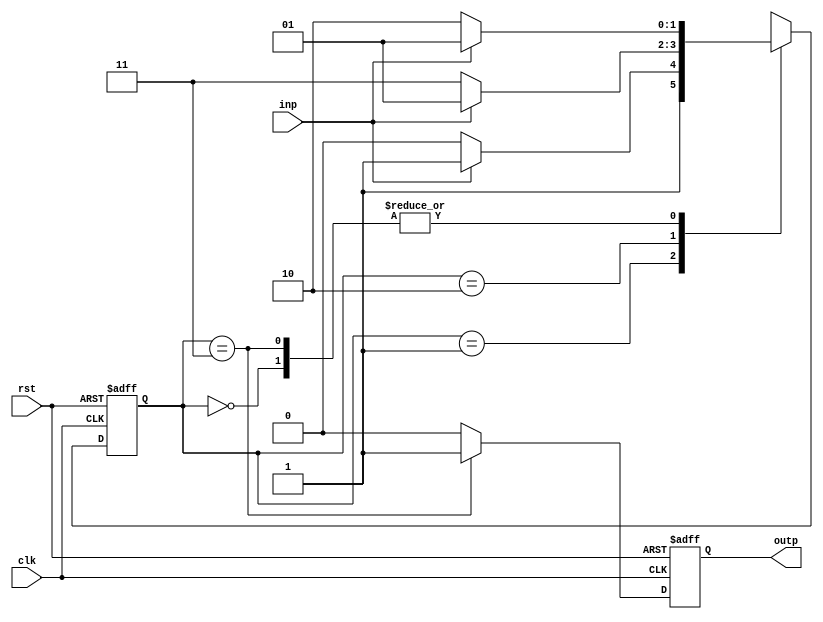
module fsm( clk, rst, inp, outp);

   input clk, rst, inp;
   output outp;

   reg [1:0] state;
   reg outp;

   always @( posedge clk, posedge rst )
   begin
   if( rst )
       state <= 2'b00;
   else
   begin
       case( state )
       2'b00:
       begin
            if( inp ) state <= 2'b01;
            else state <= 2'b10;
       end

       2'b01:
       begin
            if( inp ) state <= 2'b11;
            else state <= 2'b10;
       end

       2'b10:
       begin
            if( inp ) state <= 2'b01;
            else state <= 2'b11;
       end

       2'b11:
       begin
            if( inp ) state <= 2'b01;
            else state <= 2'b10;
       end
       endcase
   end
end


always @(posedge clk, posedge rst)
begin
    if( rst )
       outp <= 0;
    else if( state == 2'b11 )
       outp <= 1;
    else outp <= 0;

end

endmodule